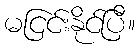
မငြင်းနိုင်ပြီ။